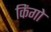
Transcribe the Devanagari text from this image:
किंगो